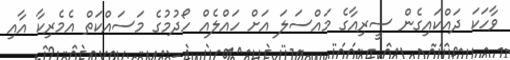
ވާހަކަ ދައްކައިގެން ސީރިއާގެ މައްސަލަ އަށް ހައްލެއް ހޯދުމުގެ މަސައްކަތް އެމެރިކާ އާއި